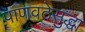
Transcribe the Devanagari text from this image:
पाणवठेसुद्धा